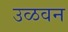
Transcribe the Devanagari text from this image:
उळवन